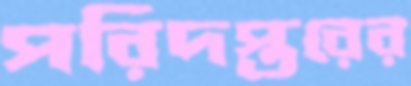
পরিদপ্তরের